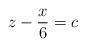
LaTeX: \begin{align*}z-\frac{x}{6}=c\end{align*}